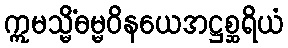
ဣမသ္မိံဓမ္မဝိနယေအဋ္ဌစ္ဆရိယံ